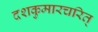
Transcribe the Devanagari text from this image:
दशकुमारचरित्‌